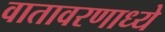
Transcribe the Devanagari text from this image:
वातावरणाध्ये